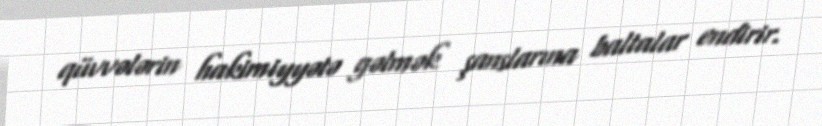
qüvvələrin hakimiyyətə gəlmək şanslarına baltalar endirir.